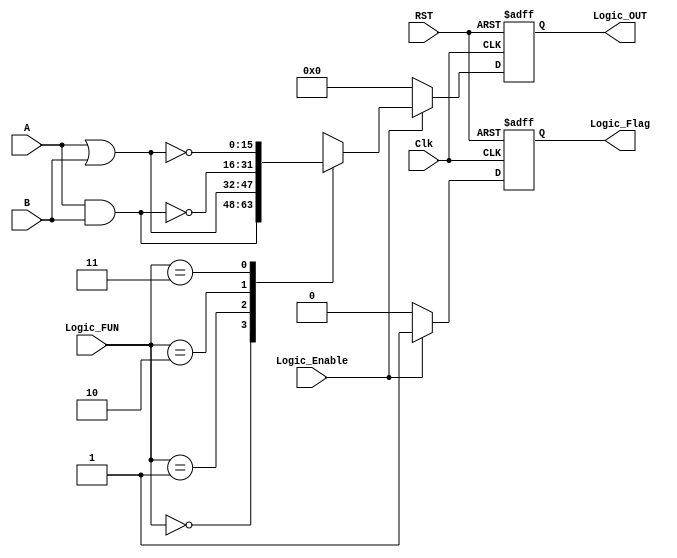
module LOGIC_UNIT #(parameter WIDTH=16)
(
 input wire        [WIDTH-1:0]     A,B,
 input wire                              Clk,Logic_Enable, RST,
 input wire        [1:0]               Logic_FUN,
 output reg       [WIDTH-1:0]     Logic_OUT,
 output reg                             Logic_Flag
);

reg                 [WIDTH-1:0]      Logic_comb;
reg                                        Logic_Flag_comb;

always @(posedge Clk or negedge RST)
 begin
  if(!RST)
   begin
     Logic_OUT<='b0;
     Logic_Flag<=1'b0 ;	 
   end
  else 
   begin
    Logic_OUT<=Logic_comb;
	Logic_Flag<=Logic_Flag_comb ;
   end
 end
 
always @(*)
 begin
  if(Logic_Enable)
   begin
    Logic_Flag_comb=1'b1 ;
    case (Logic_FUN)
     2'b00 : Logic_comb=A&B ;
     2'b01 : Logic_comb=A|B ;
     2'b10 : Logic_comb=~(A&B); 
     2'b11 : Logic_comb=~(A|B) ;
     default : Logic_comb='b0 ;
    endcase
   end              
  else
   begin
    Logic_comb='b0 ; 
    Logic_Flag_comb=1'b0;	
   end   
 end
 
endmodule